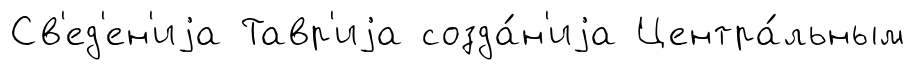
Св'ед'ен'иjа Тавр'иjа созда́н'иjа Центра́льным